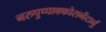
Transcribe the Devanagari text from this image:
नरुपुप्पाक्कोरानेंटार्नु